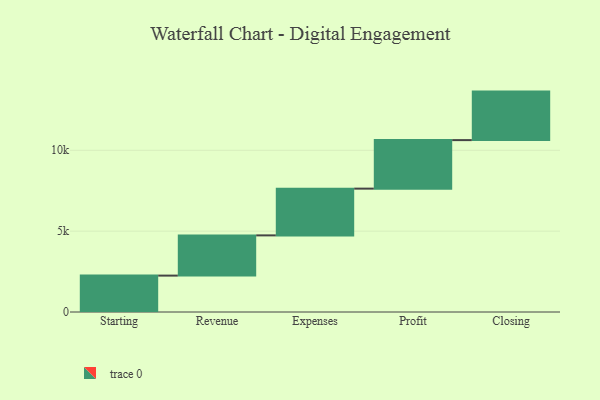
{"axis": {"x": "Step", "y": "Value"}, "legend": [""], "data": [{"x": "Starting", "y": 2251.0, "type": ""}, {"x": "Revenue", "y": 2487.0, "type": ""}, {"x": "Expenses", "y": 2891.0, "type": ""}, {"x": "Profit", "y": 3000, "type": ""}, {"x": "Closing", "y": 3000, "type": ""}]}